Manual of the Civil Veterinary Department, Central Provinces and Berar
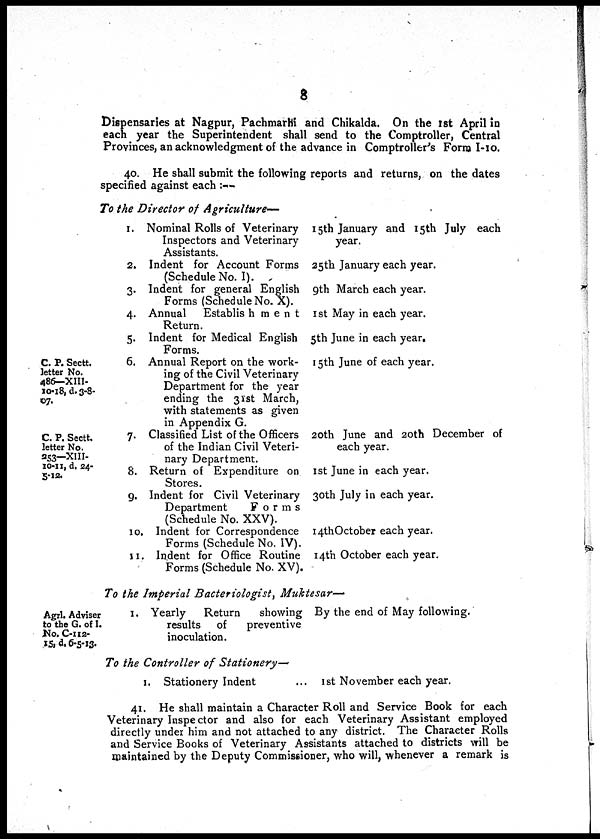
8
Dispensaries at Nagpur, Pachmarhi and Chikalda. On the 1st April in
each year the Superintendent shall send to the Comptroller, Central
Provinces, an acknowledgment of the advance in Comptroller's Form 1-10.
40. He shall submit the following reports and returns, on the dates
specified against each:—
To the Director of Agriculture—
C. P. Sectt.
letter No.
486-XIII-
10-18, d. 3-8-
07.
C. P. Sectt.
letter No.
253-XIII-
10-11, d. 24-5-12.
1.
2.
3.
4.
5.
6.
7.
8.
9.
10,
11.
Nominal Rolls of Veterinary
Inspectors and Veterinary
Assistants.
Indent for Account Forms
(Schedule No. 1).
Indent for general English
Forms (Schedule No. X).
Annual
Establishment
Return.
Indent for Medical English
Forms.
Annual Report on the work-
ing of the Civil Veterinary
Department for the year
ending the 31st March,
with statements as given
in Appendix G.
Classified List of the Officers
of the Indian Civil Veteri-
nary Department.
Return of Expenditure on
Stores.
Indent for Civil Veterinary
Department
Forms
(Schedule No. XXV).
Indent for Correspondence
Forms (Schedule No. IV).
Indent for Office Routine
Forms (Schedule No. XV).
15th January and 15th July each
year.
25th January each year.
9th March each year.
1st May in each year.
15th June in each year.
15th June of each year.
20th June and 20th December of
each year.
1st June in each year.
30th July in each year.
14th October each year.
14th October each year.
To the Imperial Bacteriologist,
Muktesar-
Agrl. Adviser
to the G. of 1.
No. C-112-
15, d. 6-5-13.
1. Yearly
Return
showing
results of
preventive
inoculation.
To the Controller of Stationery—
1. Stationery Indent ...
By the end of May following.
1st November each year.
41. He shall maintain a Character Roll and Service Book for each
Veterinary Inspector and also for each Veterinary Assistant employed
directly under him and not attached to any district. The Character Rolls
and Service Books of Veterinary Assistants attached to districts will be
maintained by the Deputy Commissioner, who will, whenever a remark is